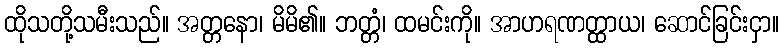
ထိုသတို့သမီးသည်။ အတ္တနော၊ မိမိ၏။ ဘတ္တံ၊ ထမင်းကို။ အာဟရဏတ္ထာယ၊ ဆောင်ခြင်းငှာ။